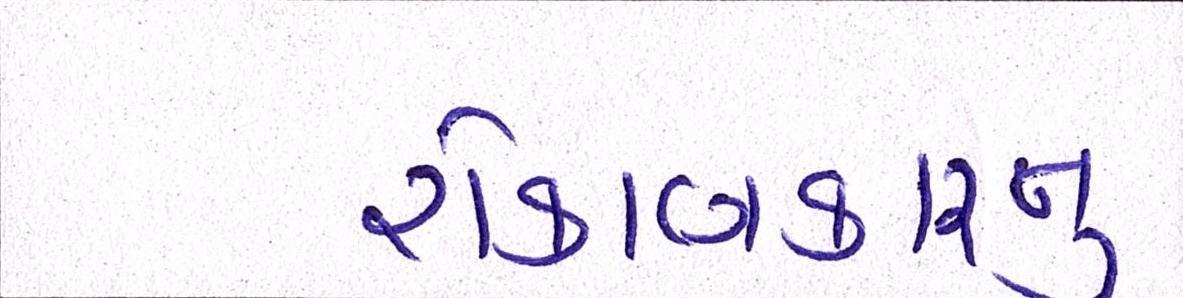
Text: રોકાણકારનું